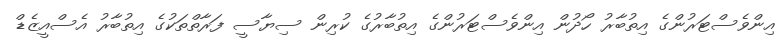
އިންވެސްޓަރުންގެ އިތުބާރު ހޯދުން އިންވެސްޓަރުންގެ އިތުބާރުގެ ކުރިން ސިޔާސީ ފަރާތްތަކުގެ އިތުބާރު އެސްއީޒެޑް